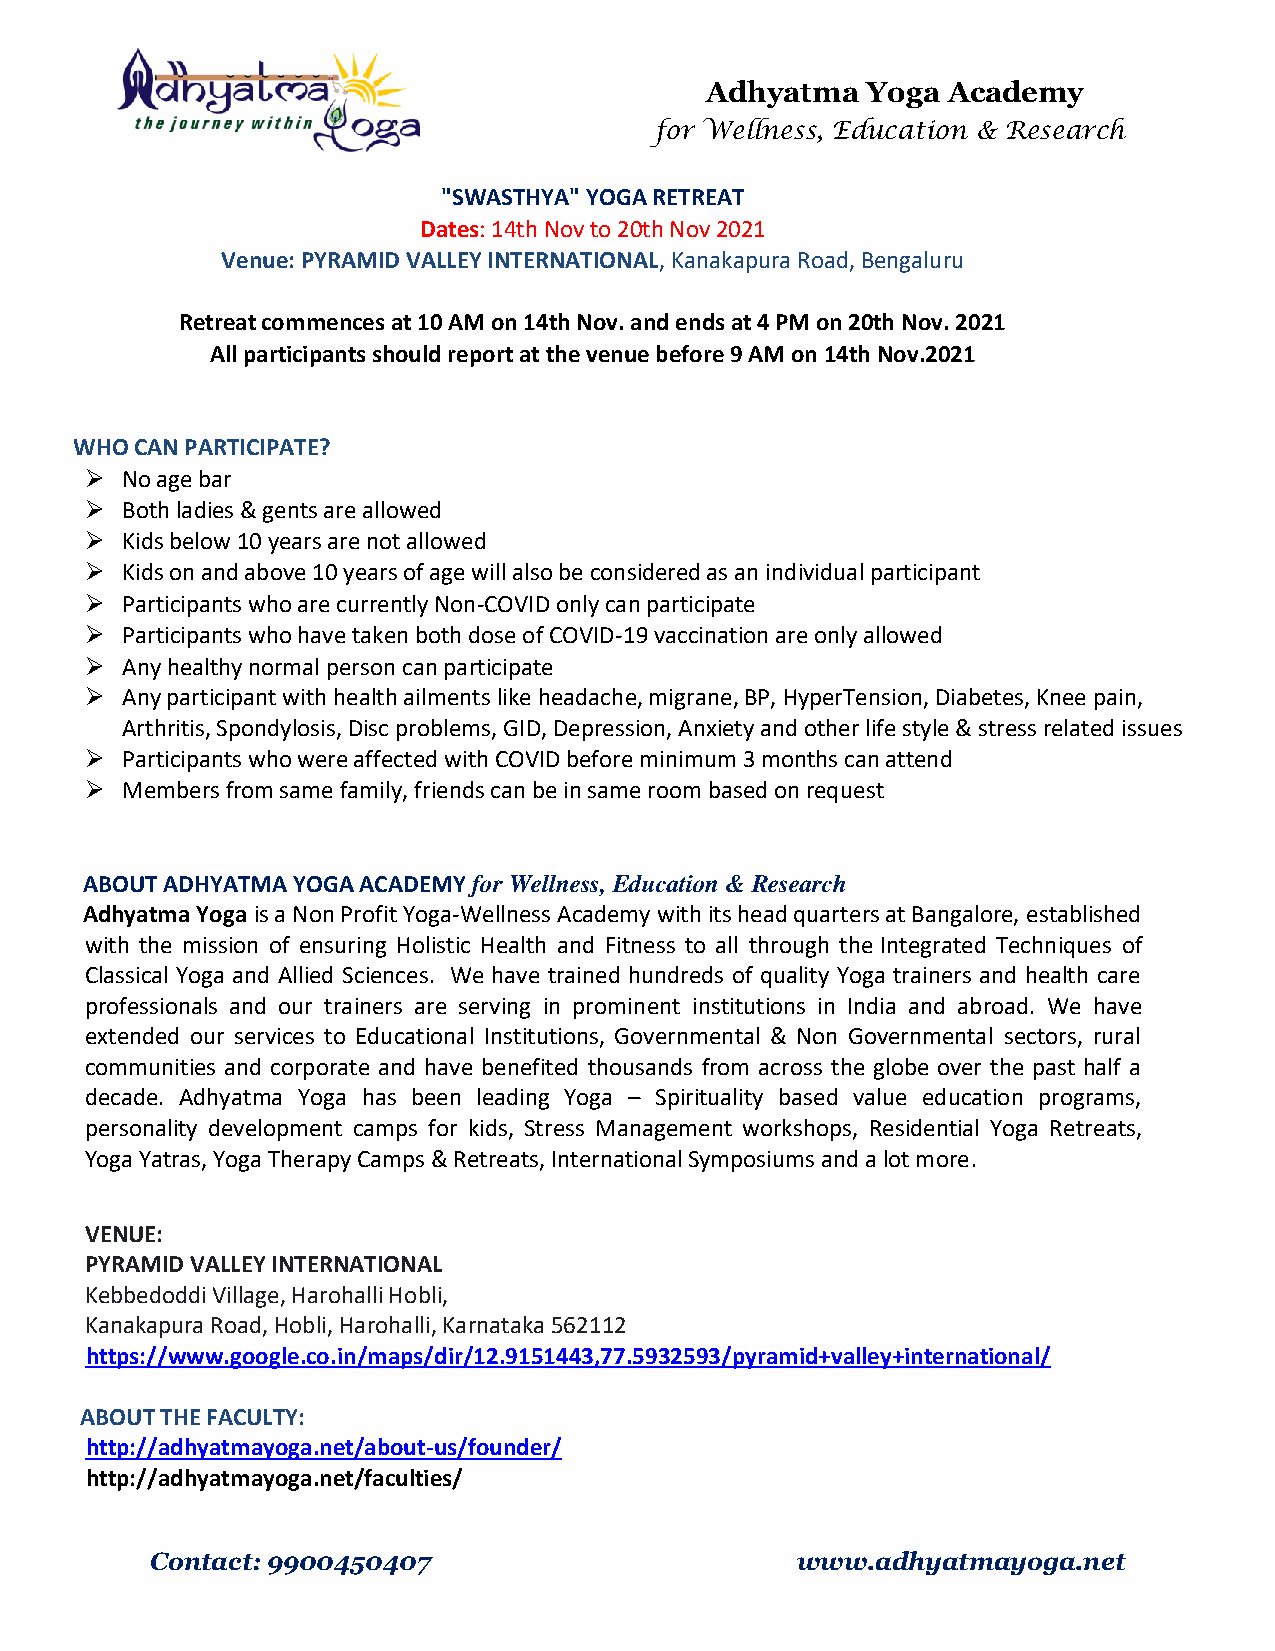
Adhyatma  Yoga  Academy
 for Wellness, Education & Research
 "SWASTHYA" YOGA RETREAT
 Dates: 14th Nov to 20th Nov 2021
 Venue: PYRAMID VALLEY INTERNATIONAL, Kanakapura Road, Bengaluru
 Retreat commences at 10 AM on 14th No v. and ends at 4 PM on 20th Nov. 2021
 All participants should report at the venue before 9 AM on 14th Nov.2021
 WHO CAN PARTICIPATE?
  No age bar
  Both ladies & gents are allowed
  Kids below 10 years are not allowed
  Kids on and above 10 years of age will also be considered as an individual participant
  Participants who are currently Non-COVID only can participate
  Participants who have taken both dose of COVID-19 vaccination are only allowed
  Any healthy normal person can participate
  Any participant with health ailments like headache, migrane, BP, HyperTension, Diabetes, Knee pain,
 Arthritis, Spondylosis, Disc problems, GID, Depression, Anxiety and other life style & stress related issues
  Participants who were affected with COVID before minimum 3 months can attend
  Members from same family, friends can be in same room based on request
 ABOUT ADHYATMA YOGA ACADEMY for Wellness, Education & Research
 Adhyatma Yoga is a Non Profit Yoga-Wellness Academy with its head quarters at Bangalore, established
 with the mission of ensuring Holistic Health and Fitness to all through the Integrated Techniques of
 Classical Yoga and Allied Sciences. We have trained hundreds of quality Yoga trainers and health care
 professionals and our trainers are serving in prominent institutions in India and abroad. We have
 extended our services to Educational Institutions, Governmental & Non Governmental sectors, rural
 communities and corporate and have benefited thousands from across the globe over the past half a
 decade. Adhyatma Yoga has been leading Yoga – Spirituality based value education programs,
 personality development camps for kids, Stress Management workshops, Residential Yoga Retreats,
 Yoga Yatras, Yoga Therapy Camps & Retreats, International Symposiums and a lot more.
 Venue:
 VENUE:
 PYRAMID VALLEY INTERNATIONAL
 Kebbedoddi Village, Harohalli Hobli,
 Kanakapura Road, Hobli, Harohalli, Karnataka 562112
 https://www.google.co.in/maps/dir/12.9151443,77.5932593/pyramid+valley+international/
 ABOUT THE FACULTY:
 http://adhyatmayoga.net/about-us/founder/
 http://adhyatmayoga.net/faculties/
 Contact: 9900450407                        www.adhyatmayoga.net